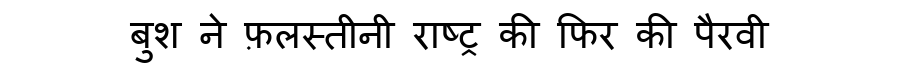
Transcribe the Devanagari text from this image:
बुश ने फ़लस्तीनी राष्ट्र की फिर की पैरवी